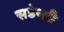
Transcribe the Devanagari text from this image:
सडेन्ली